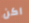
اكن